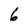
Character: 6